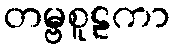
တမ္ဗစူဠကာ